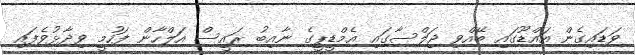
ވަޑައިގެން އައްޑޫގައި ބޭއްވި ޖަލްސާގައި އެމްޑީޕީގެ ނާއިބު ރައީސް އަލްހާން ފަހުމީ ވިދާޅުވެފައި